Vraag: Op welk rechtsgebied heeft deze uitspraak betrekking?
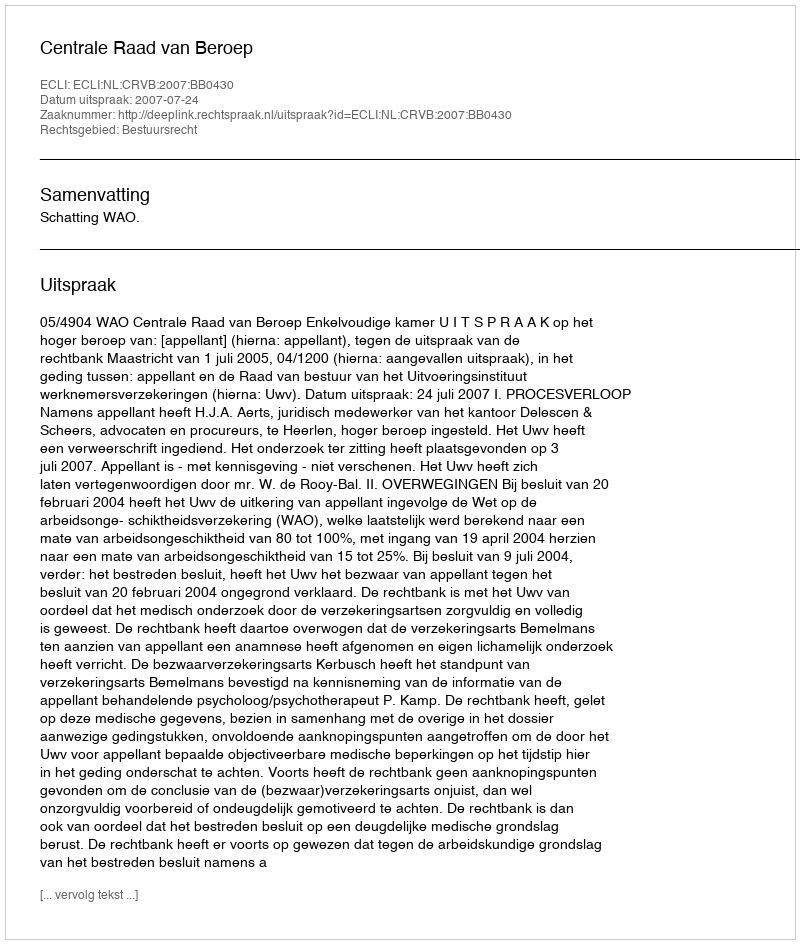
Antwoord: Bestuursrecht